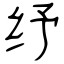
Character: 纾